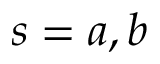
s = a , b